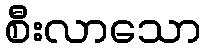
စီးလာသော